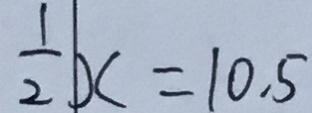
\frac { 1 } { 2 } x = 1 0 . 5